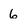
Character: 6